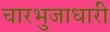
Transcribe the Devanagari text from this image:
चारभुजाधारी